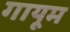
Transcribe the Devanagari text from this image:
गायूम